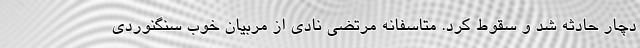
دچار حادثه شد و سقوط کرد. متاسفانه مرتضی نادی از مربیان خوب سنگنوردی